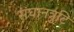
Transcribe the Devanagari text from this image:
संघानत्रुटि